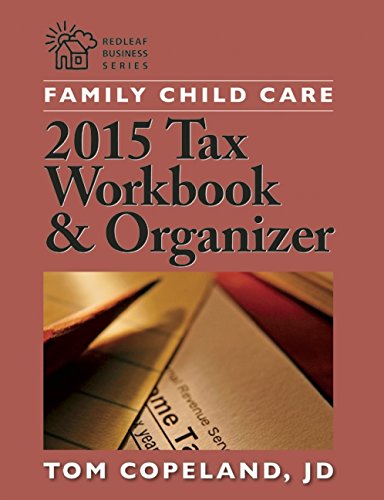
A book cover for Family Child Care 2015 Tax Workbook and Organizer; Tom Copeland  JD; Parenting & Relationships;